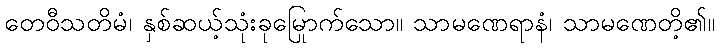
တေဝီသတိမံ၊ နှစ်ဆယ့်သုံးခုမြောက်သော။ သာမဏေရာနံ၊ သာမဏေတို့၏။